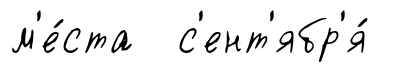
м'е́ста с'ент'ябр'я́